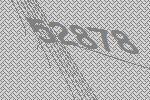
52878